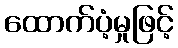
ထောက်ပံ့မှုဖြင့်